Annual report of the Punjab Veterinary College and of the Civil Veterinary Department, Punjab - 1926-1932
Year: 1926
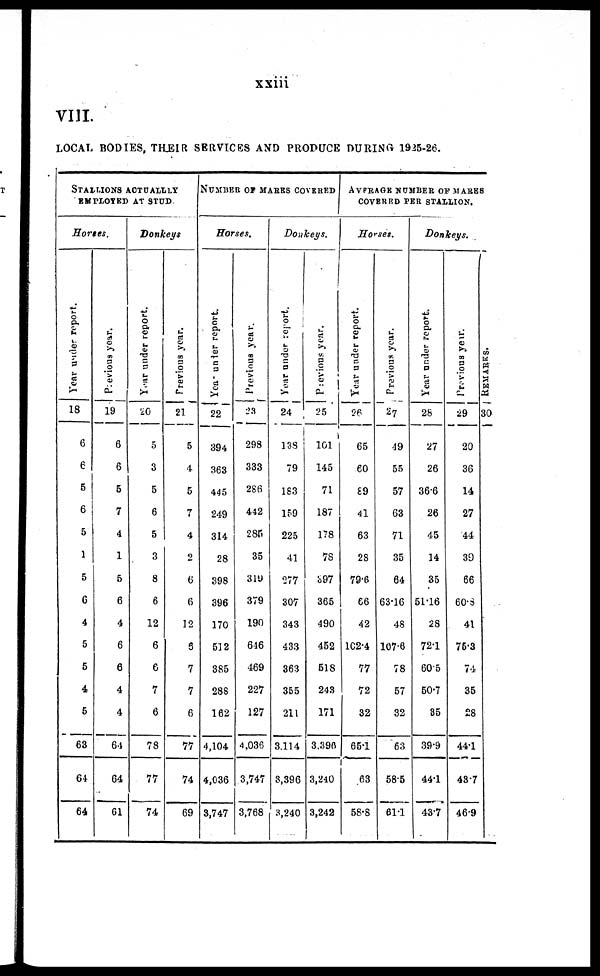
xxiii
VIII.
LOCAL BODIES, THEIR SERVICES AND PRODUCE DURING 1925-26.
STALIONS ACTUALLY
EMPLOYED AT STUD.
Horses.
Year under report.
18
6
6
5
6
5
1
5
6
4
5
5
4
5
63
64
64
Previous year.
19
6
6
6
7
4
1
5
6
4
6
6
4
4
64
64
61
Donkeys
Year
under report.
20
5
3
5
6
5
3
8
6
12
6
6
7
6
78
77
74
Previous year.
21
5
4
5
7
4
2
6
6
12
5
7
7
6
77
74
69
NUMBER OF MARKS COVERED.
Horses.
Year
under report.
22
394
363
445
249
314
28
398
396
170
512
385
288
162
4,104
4,036
3,747
Previous year.
23
298
333
286
442
285
35
319
379
190
616
469
227
127
4,036
3,747
3,768
Donkeys.
Year under report.
24
138
79
183
159
225
41
277
307
343
433
363
355
211
3.114
3,396
3,240
Previons year.
25
101
145
71
187
178
78
397
365
490
452
518
243
171
3.390
3,240
3,242
AVERAGE NUMBER OF MARKS
COVERED PER STALLION.
Horses.
Year
under report.
26
65
60
89
41
63
28
79.6
66
42
162.4
77
72
32
65.1
63
58.8
Previous year.
27
49
55
57
63
71
35
64
63.16
48
107.6
78
57
32
63
58.5
61.1
Donkeys.
Year under report.
28
27
26
36.6
26
45
14
35
51.16
28
72.1
605
50.7
85
39.9
44.1
43.7
Previous year.
29
20
36
14
27
44
39
66
60.8
41
76.3
74
35
28
44.1
48.7
46.9
REMARKS..
30